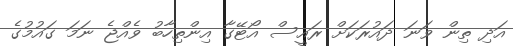
އަދި ތިން ވަނަ ދައުރަކަށް ރައީސް އޯޓޭގާ އިންތިހާބު ވެއްޖެ ނަމަ ގައުމުގެ